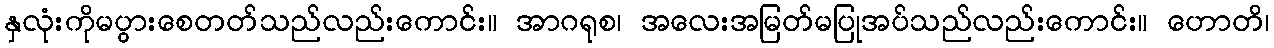
နှလုံးကိုမပွားစေတတ်သည်လည်းကောင်း။ အာဂရုစ၊ အလေးအမြတ်မပြုအပ်သည်လည်းကောင်း။ ဟောတိ၊